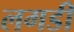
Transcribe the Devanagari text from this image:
लगडी